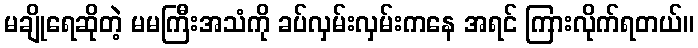
မချိုရေဆိုတဲ့ မမကြီးအသံကို ခပ်လှမ်းလှမ်းကနေ အရင် ကြားလိုက်ရတယ်။